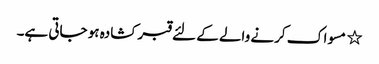
٭ مسواک کرنے والے کے لئے قبر کشادہ ہو جاتی ہے۔